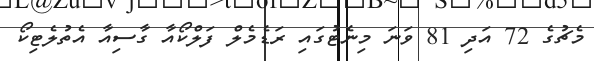
މެޗުގެ 72 އަދި 81 ވަނަ މިނެޓުގައި ރަޑެމެލް ފަލްކޯއާ ގާސިއާ އެތުލެޓިކޯ